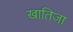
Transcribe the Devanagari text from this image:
खातिजा